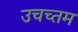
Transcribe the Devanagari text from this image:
उचच्तम